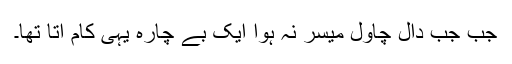
جب جب دال چاول میسر نہ ہوا ایک بے چارہ یہی کام آتا تھا۔